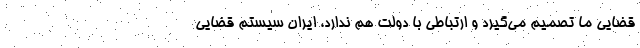
قضایی ما تصمیم می‌گیرد و ارتباطی با دولت هم ندارد، ایران سیستم قضایی